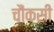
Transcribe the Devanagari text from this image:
चौंकसी